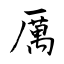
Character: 厲